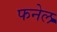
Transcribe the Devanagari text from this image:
फनेल